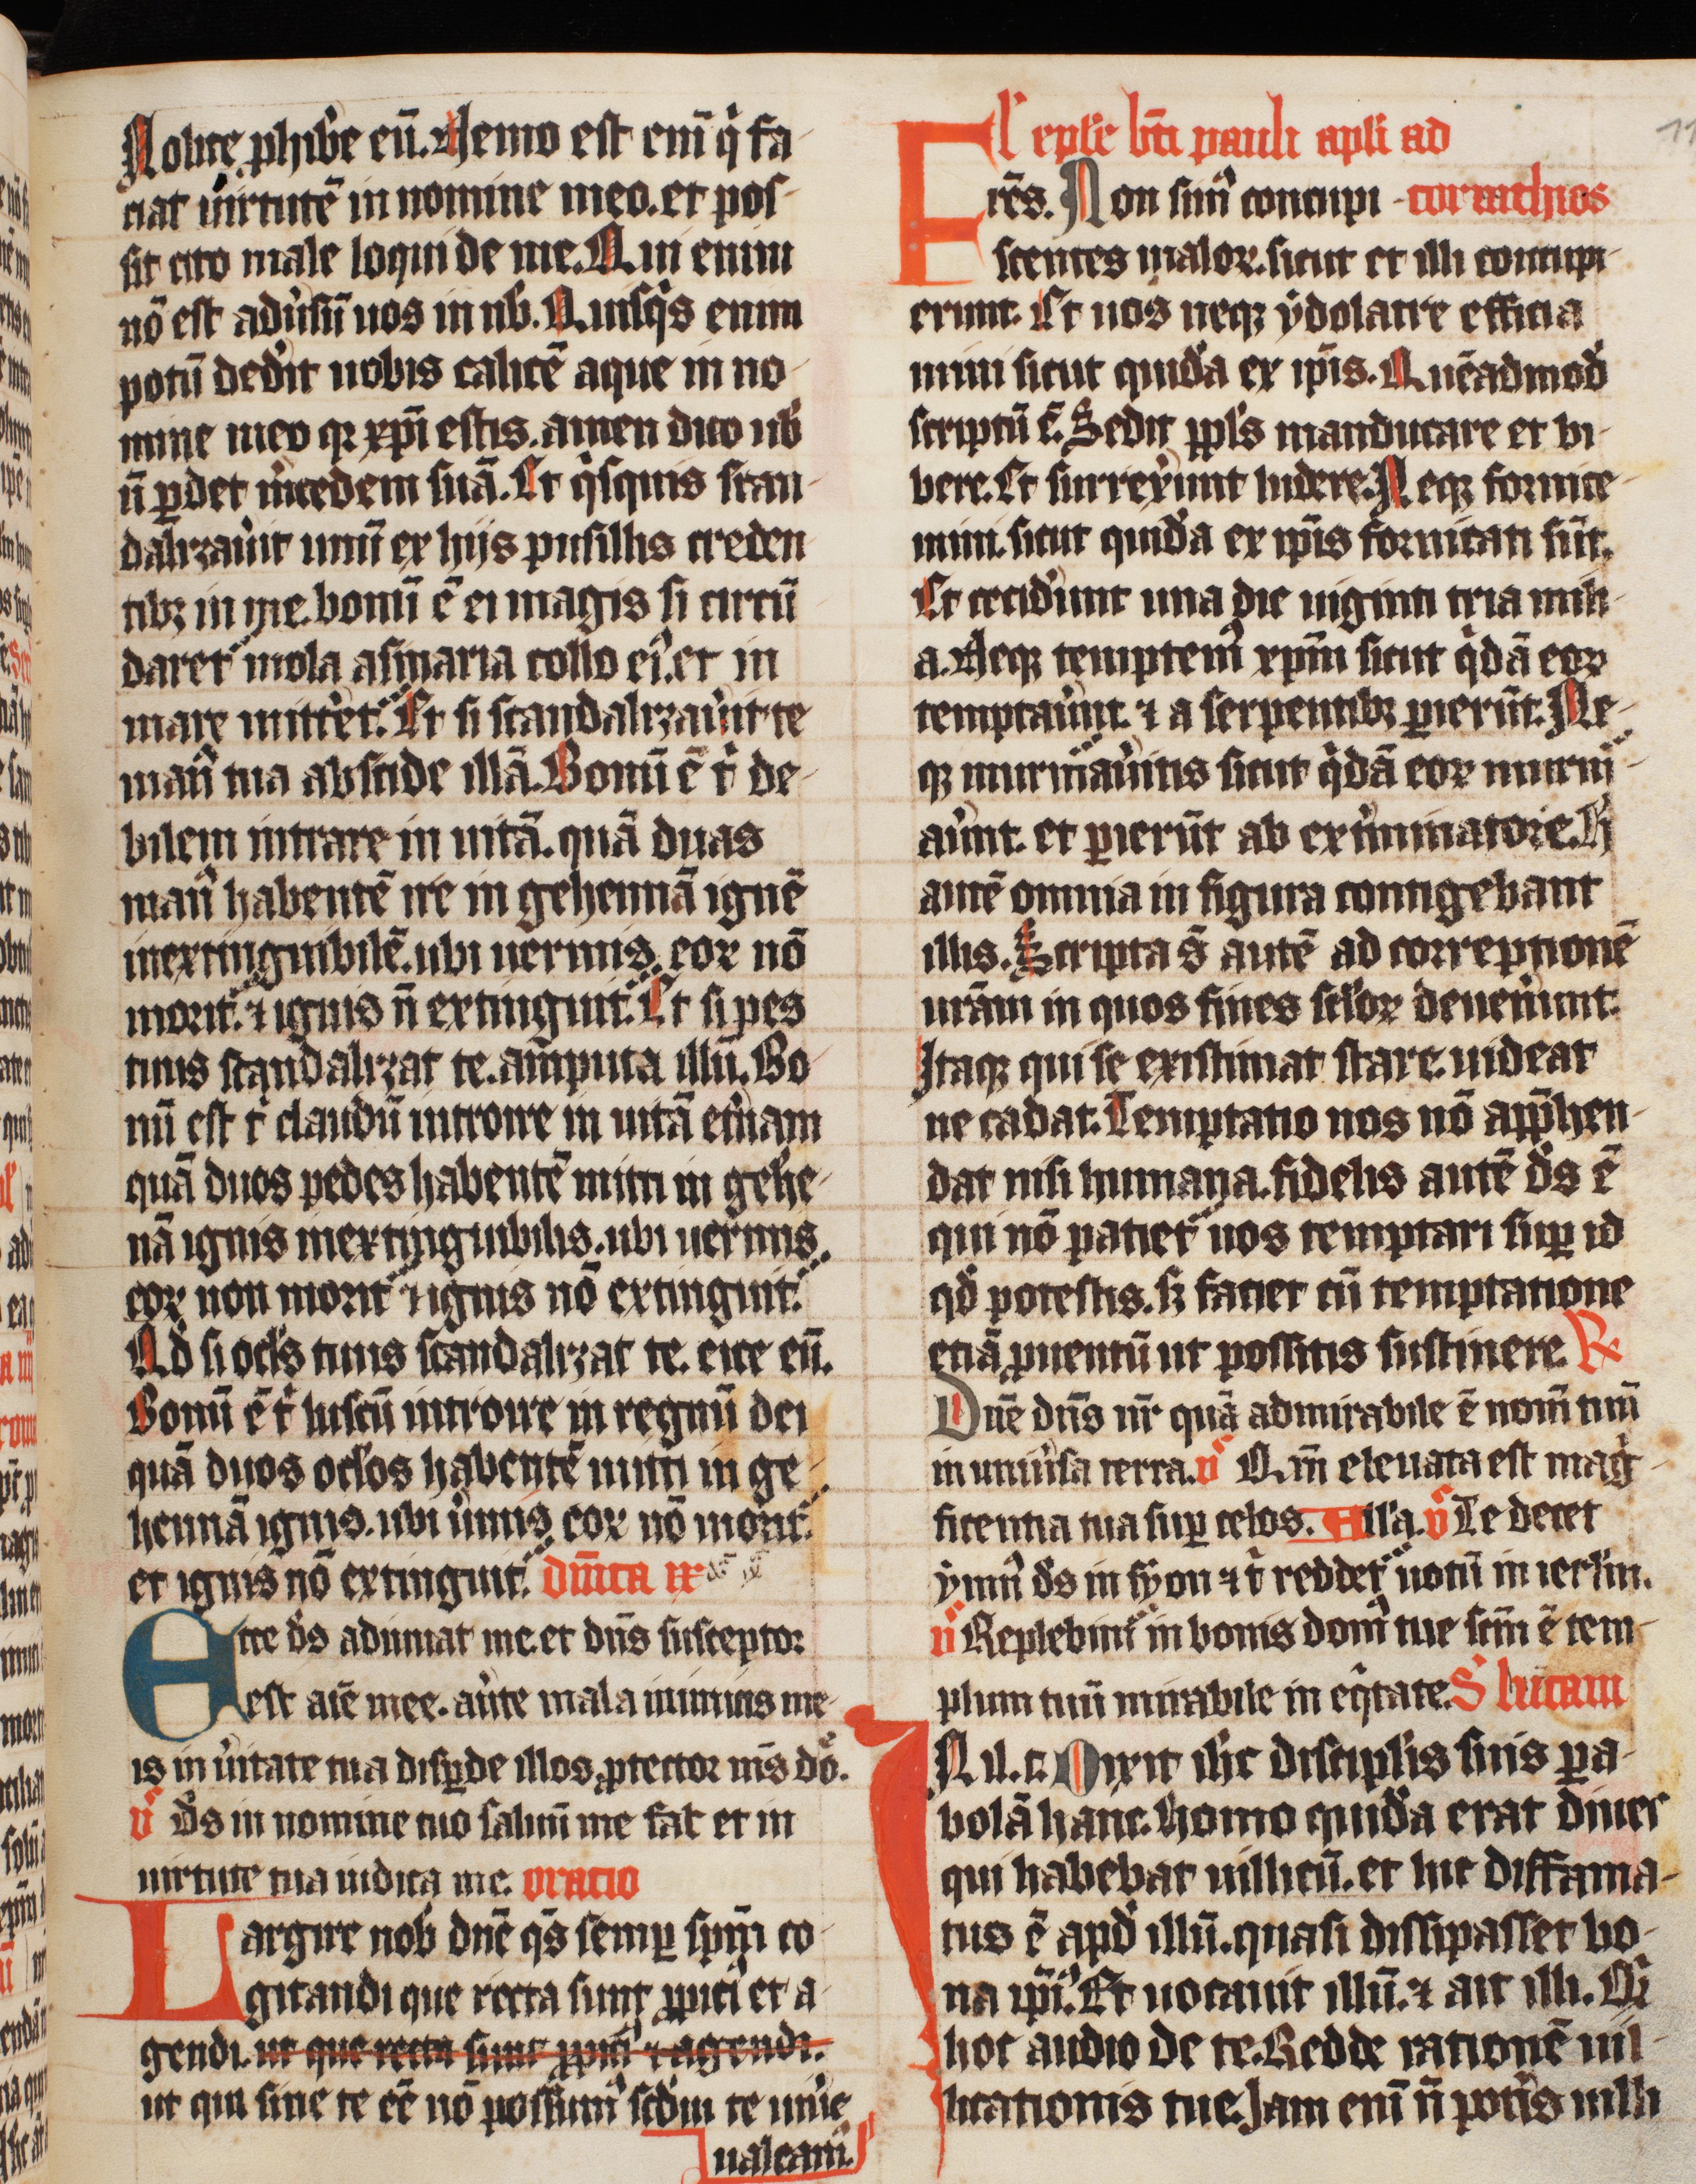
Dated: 1420–1429